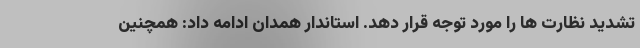
تشدید نظارت ها را مورد توجه قرار دهد. استاندار همدان ادامه داد: همچنین